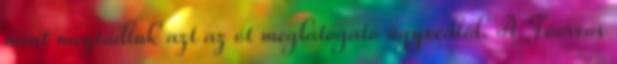
mint megtudtuk azt az őt meglátogató ügyvédtől. A Főorvos